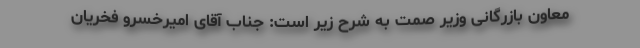
معاون بازرگانی وزیر صمت به شرح زیر است: جناب آقای امیرخسرو فخریان